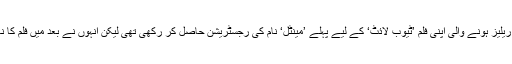
سلمان خان کی 2017 میں ریلیز ہونے والی اپنی فلم ’ٹیوب لائٹ‘ کے لیے پہلے ’مینٹل‘ نام کی رجسٹریشن حاصل کر رکھی تھی لیکن انہوں نے بعد میں فلم کا نام ’ٹیوب لائٹ‘ استعمال کیا۔